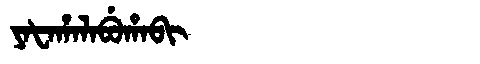
Manchu: ᠶᠠᡶᠠᡥᠠᠯᠠᠪᡠᡥᠠᠪᡳ
Romanization: YAFAHALABUHABI